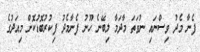
ފެނާ މެދު ވިސްނައި ނުވަތަ މާދަމާ ލިބޭނެ ހޫނު ފެނާމެދު ފިކުރުބޮޑުކޮށް މިއަދުގެ